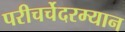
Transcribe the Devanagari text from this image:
परीचर्चेदरम्यान